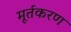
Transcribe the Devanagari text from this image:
मूर्तकरण